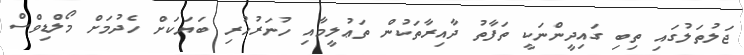
ޖަލުތަލުގައި ތިބި ގައިދީންނަކީ ތަފާތު ދާއިރާތަކުން ތަޢުލީމާއި ހުނަރުހުރި ބަޔަކަށް ހެދުމަށް މޯލްޑިވްސް